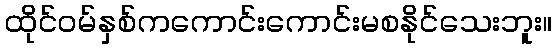
ထိုင်ဝမ်နှစ်ကကောင်းကောင်းမစနိုင်သေးဘူး။